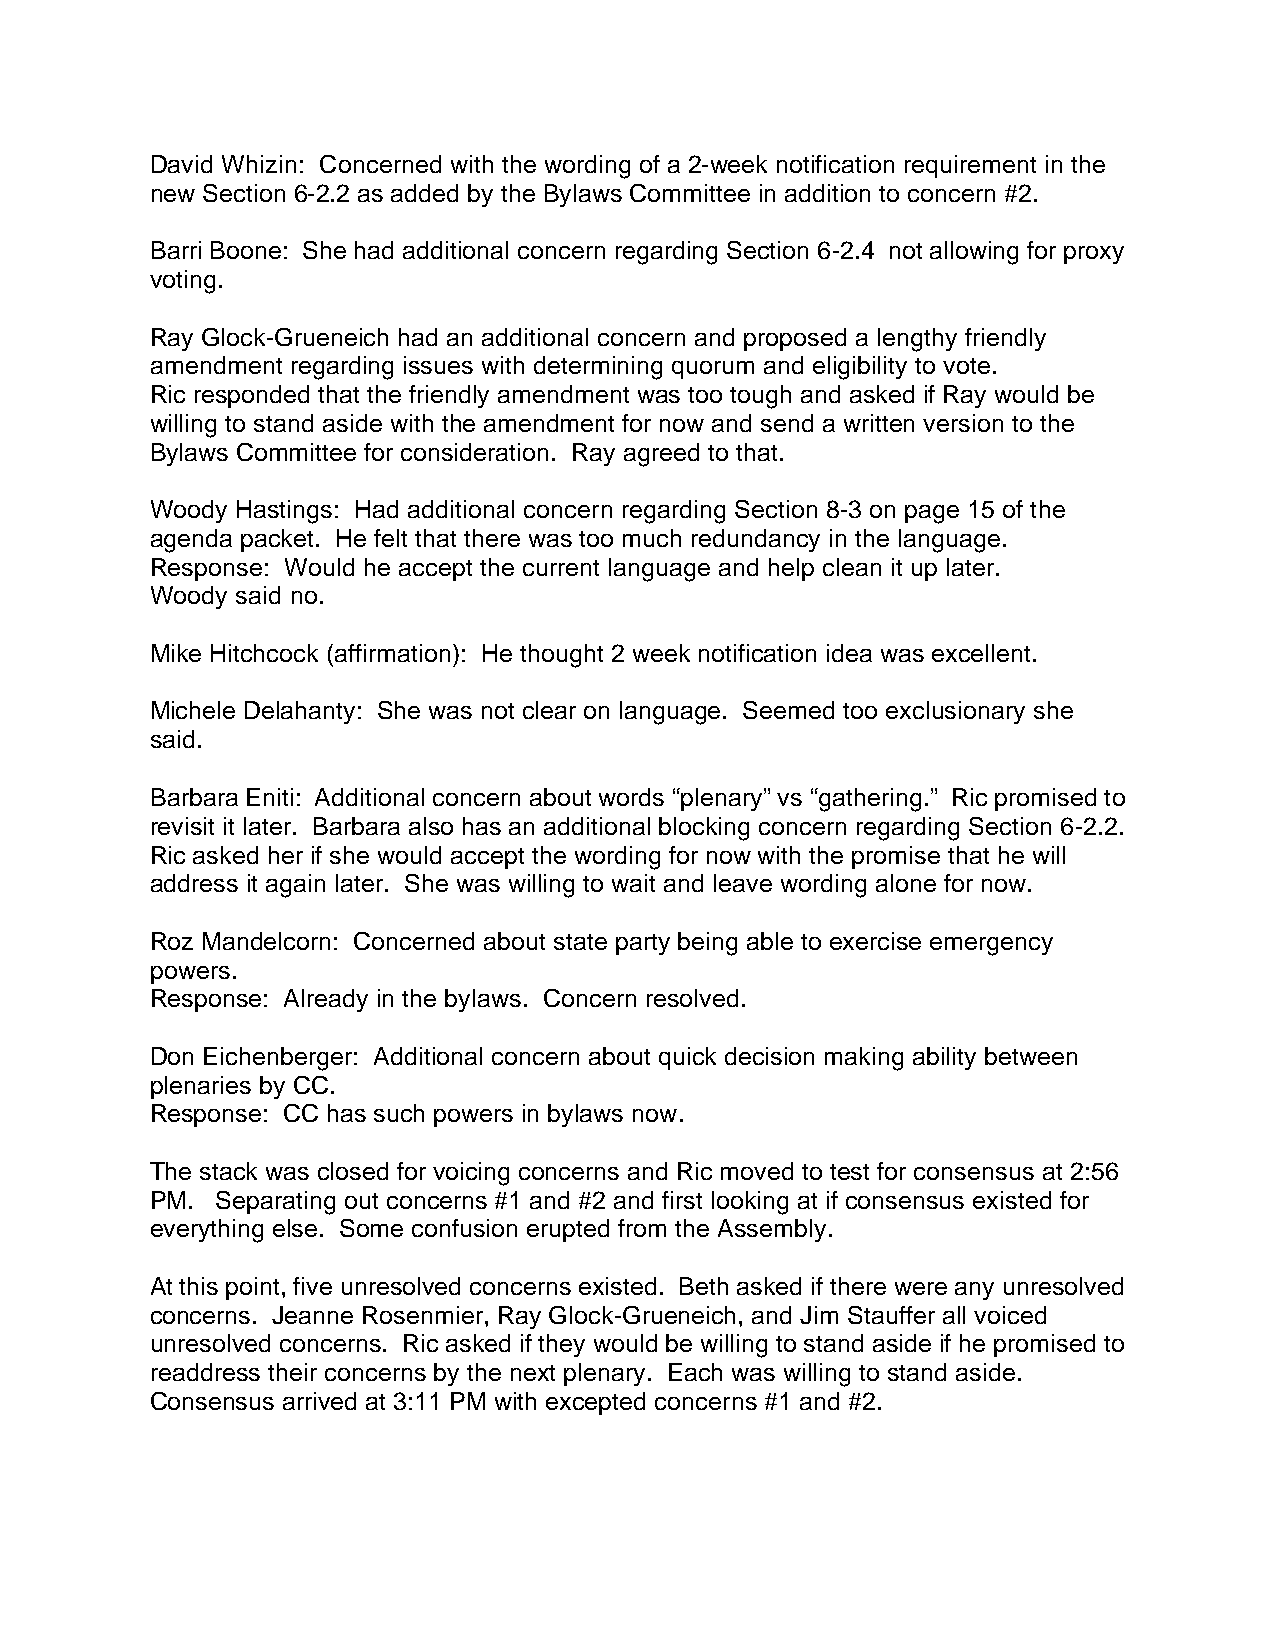
David Whizin: Concerned with the wording of a 2-week notification requirement in the
 new Section 6-2.2 as added by the Bylaws Committee in addition to concern #2.
 Barri Boone: She had additional concern regarding Section 6-2.4 not allowing for proxy
 voting.
 Ray Glock-Grueneich had an additional concern and proposed a lengthy friendly
 amendment regarding issues with determining quorum and eligibility to vote.
 Ric responded that the friendly amendment was too tough and asked if Ray would be
 willing to stand aside with the amendment for now and send a written version to the
 Bylaws Committee for consideration. Ray agreed to that.
 Woody Hastings: Had additional concern regarding Section 8-3 on page 15 of the
 agenda packet. He felt that there was too much redundancy in the language.
 Response: Would he accept the current language and help clean it up later.
 Woody said no.
 Mike Hitchcock (affirmation): He thought 2 week notification idea was excellent.
 Michele Delahanty: She was not clear on language. Seemed too exclusionary she
 said.
 Barbara Eniti: Additional concern about words “plenary” vs “gathering.” Ric promised to
 revisit it later. Barbara also has an additional blocking concern regarding Section 6-2.2.
 Ric asked her if she would accept the wording for now with the promise that he will
 address it again later. She was willing to wait and leave wording alone for now.
 Roz Mandelcorn: Concerned about state party being able to exercise emergency
 powers.
 Response: Already in the bylaws. Concern resolved.
 Don Eichenberger: Additional concern about quick decision making ability between
 plenaries by CC.
 Response: CC has such powers in bylaws now.
 The stack was closed for voicing concerns and Ric moved to test for consensus at 2:56
 PM. Separating out concerns #1 and #2 and first looking at if consensus existed for
 everything else. Some confusion erupted from the Assembly.
 At this point, five unresolved concerns existed. Beth asked if there were any unresolved
 concerns. Jeanne Rosenmier, Ray Glock-Grueneich, and Jim Stauffer all voiced
 unresolved concerns. Ric asked if they would be willing to stand aside if he promised to
 readdress their concerns by the next plenary. Each was willing to stand aside.
 Consensus arrived at 3:11 PM with excepted concerns #1 and #2.